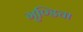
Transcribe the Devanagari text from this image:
गुण्डिचा